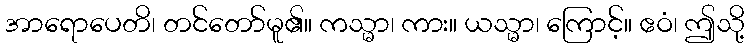
အာရောပေတိ၊ တင်တော်မူ၏။ ကသ္မာ၊ ကား။ ယသ္မာ၊ ကြောင့်။ ဧဝံ၊ ဤသို့